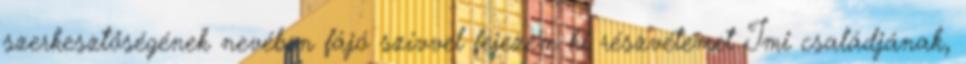
szerkesztőségének nevében fájó szívvel fejezem ki részvétemet Imi családjának,